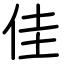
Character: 佳